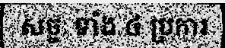
សច្ចៈ ទាំង ៤ ប្រការ